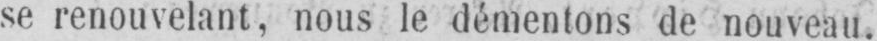
se renouvelant, nous le démenions de nouveau.